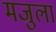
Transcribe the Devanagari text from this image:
मजुला